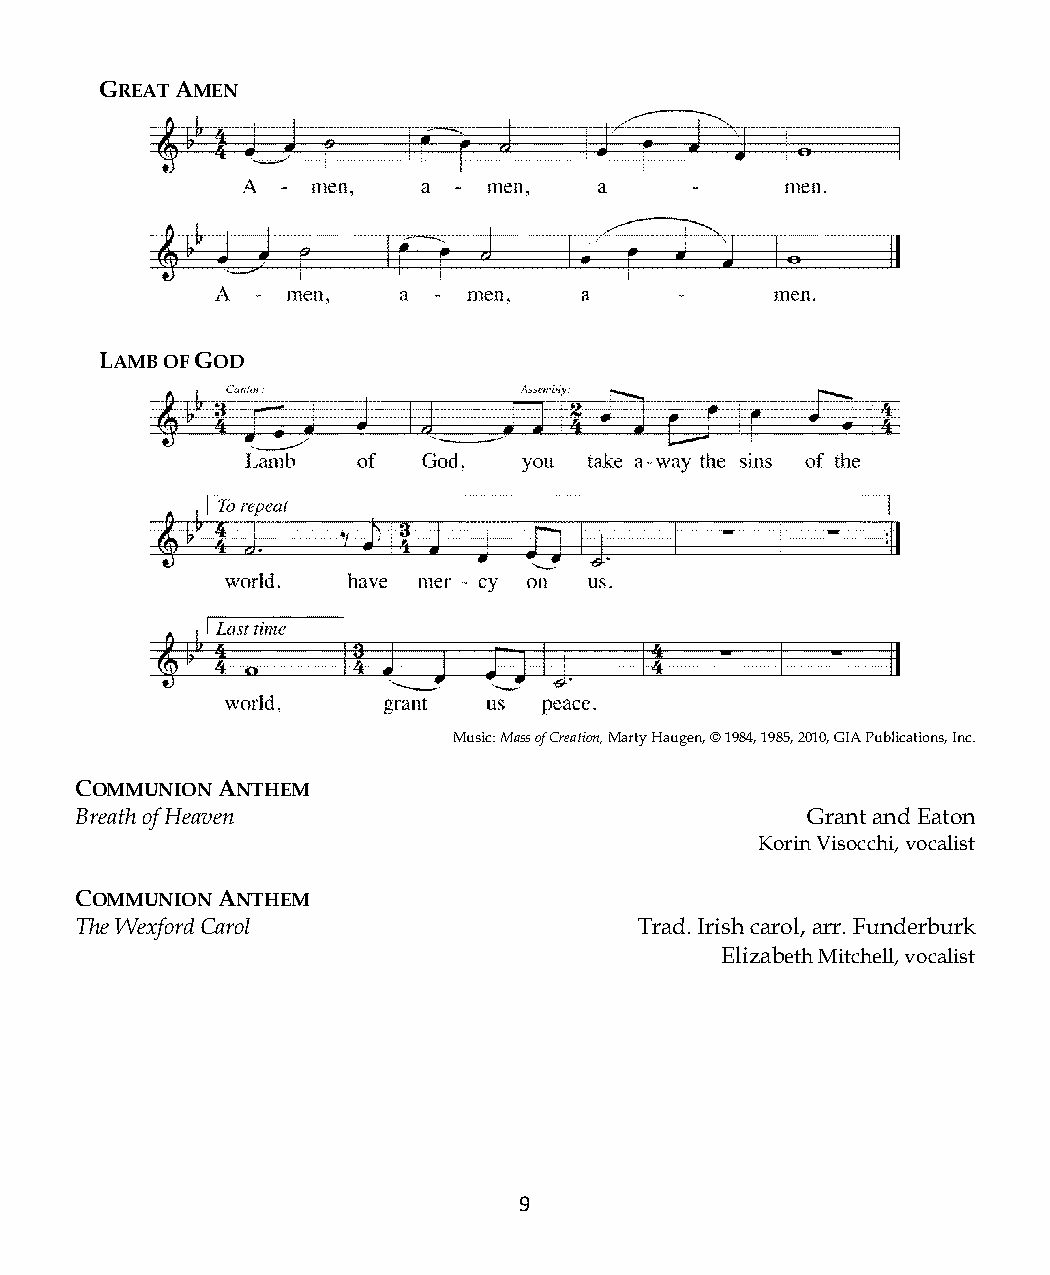
GREAT AMEN
 LAMB OF GOD
 Music: Mass of Creation, Marty Haugen, © 1984, 1985, 2010, GIA Publications, Inc.
 COMMUNION ANTHEM
 Breath of Heaven                                Grant and Eaton
 Korin Visocchi, vocalist
 COMMUNION ANTHEM
 The Wexford Carol                    Trad. Irish carol, arr. Funderburk
 Elizabeth Mitchell, vocalist
 9